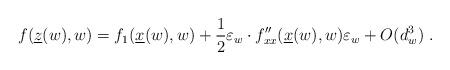
LaTeX: \begin{align*}f(\underline z(w),w)=f_1(\underline x(w),w)+\frac{1}{2}\varepsilon_w\cdot f''_{xx}(\underline x(w),w) \varepsilon_w+O(d_w^3) \ .\end{align*}